Scottish Leaving Certificate Examination, 1960
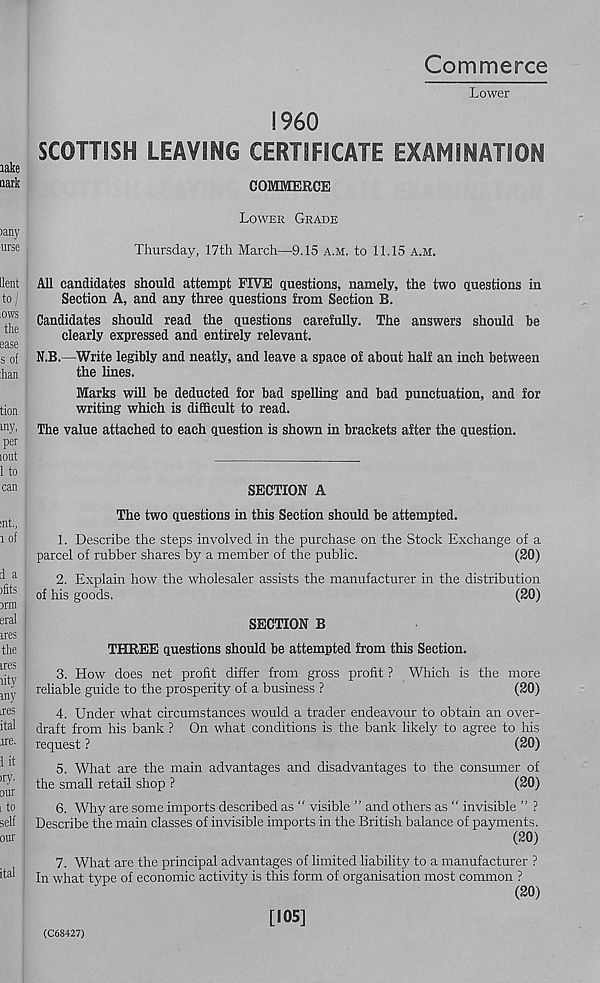
Commerce
Lower
I960
SCOTTISH LEAVING CERTIFICATE EXAMINATION
COMMERCE
Lower Grade
Thursday, 17th March—9.15 a.m. to 11,15 a.m.
All candidates should attempt FIVE questions, namely, the two questions in
Section A, and any three questions from Section B.
Candidates should read the questions carefully. The answers should be
clearly expressed and entirely relevant.
N.B.—Write legibly and neatly, and leave a space of about half an inch between
the lines.
Marks will be deducted for bad spelling and bad punctuation, and for
writing which is difficult to read.
The value attached to each question is shown in brackets after the question.
SECTION A
The two questions in this Section should be attempted.
1. Describe the steps involved in the purchase on the Stock Exchange of a
parcel of rubber shares by a member of the public.
(20)
2. Explain how the wholesaler assists the manufacturer in the distribution
of his goods.
(20)
SECTION B
THREE questions should be attempted from this Section.
3. How does net profit differ from gross profit ? Which is the more
reliable guide to the prosperity of a business ?
(20)
4. Under what circumstances would a trader endeavour to obtain an over-
draft from his bank ? On what conditions is the bank likely to agree to his
request ?
(20)
5. What are the main advantages and disadvantages to the consumer of
the small retail shop ?
(20)
6. Why are some imports described as " visible ” and others as “ invisible ” ?
Describe tire main classes of invisible imports in the British balance of payments.
(20)
7. What are the principal advantages of limited liability to a manufacturer ?
In what type of economic activity is this form of organisation most common ?
(20)
(C68427)
[105]